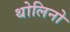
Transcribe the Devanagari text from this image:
थोलिनो